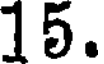
15.